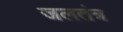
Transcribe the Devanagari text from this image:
जलतंत्र